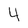
Character: 4